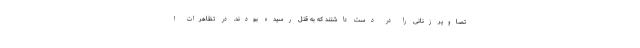
تصاویر زنانی را در دست داشتند که به قتل رسیده بودند. در تظاهرات ا